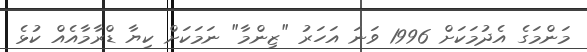
މަންމަގެ އެދުމަކަށް 1996 ވަނަ އަހަރު "ޒިންމާ" ނަމަކަށް ކިޔާ ޑްރާމާއެއް ކުޅެ